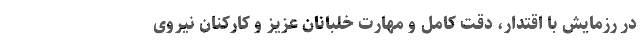
در رزمایش با اقتدار، دقت کامل و مهارت خلبانان عزیز و کارکنان نیروی